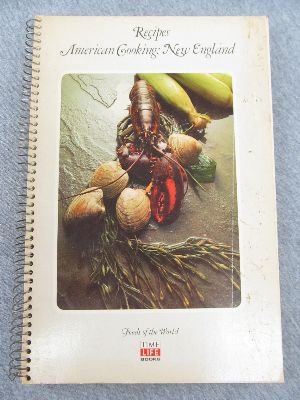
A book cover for American cooking: New England,: Recipes (Foods of the world); Jonathan Norton Leonard; Cookbooks, Food & Wine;